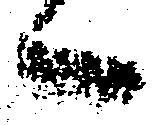
々